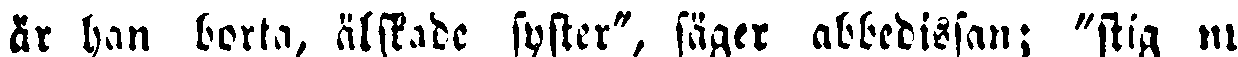
är han borta, älskade syster", säger abbedissan; "stig nu